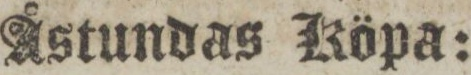
Åstundas Köpa: